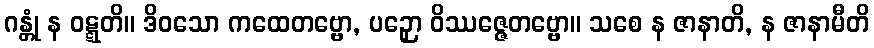
ဂန္တုံ န ဝဋ္ဋတိ။ ဒိဝသော ကထေတဗ္ဗော, ပဉှော ဝိဿဇ္ဇေတဗ္ဗော။ သစေ န ဇာနာတိ, န ဇာနာမီတိ